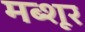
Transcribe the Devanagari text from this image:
मब्शूर